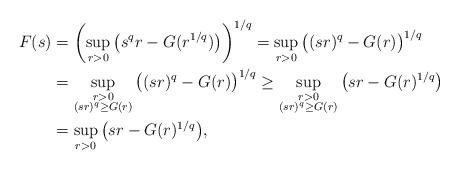
LaTeX: \begin{align*} F(s)&=\left(\sup_{r>0}\left(s^qr-G(r^{1/q})\right)\right)^{1/q}=\sup_{r>0}\big((sr)^q-G(r)\big)^{1/q}\\ &= \sup_{\substack{r>0 \\ (sr)^q\geq G(r)}}\big((sr)^q-G(r)\big)^{1/q} \geq \sup_{\substack{r>0 \\ (sr)^q\geq G(r)}}\big(sr-G(r)^{1/q}\big)\\ &=\sup_{r>0}\big(sr-G(r)^{1/q}\big),\end{align*}